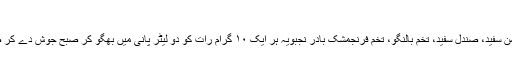
گاؤ زباں
برگِ گاؤ زباں ۳۰ گرام گل گاؤ زباں ، کشنیز خشک مقشّر، آبریشم خام مقرض بہمن سفید، صندل سفید، تخم بالنگو، تخم فرنجمشک بادر نجبویہ ہر ایک ۱۰ گرام رات کو دو لیٹر پانی میں بھگو کر صبح جوش دے کر صاف کریں اور نبات سفید ۱ یک کلو شہد خالص ۲۵۰ گرام ملا کر قوام تیار کریں۔